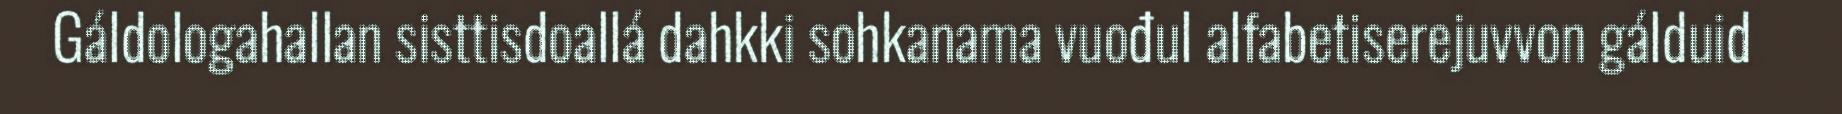
Gáldologahallan sisttisdoallá dahkki sohkanama vuođul alfabetiserejuvvon gálduid